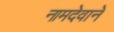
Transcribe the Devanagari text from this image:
नामदेवाने